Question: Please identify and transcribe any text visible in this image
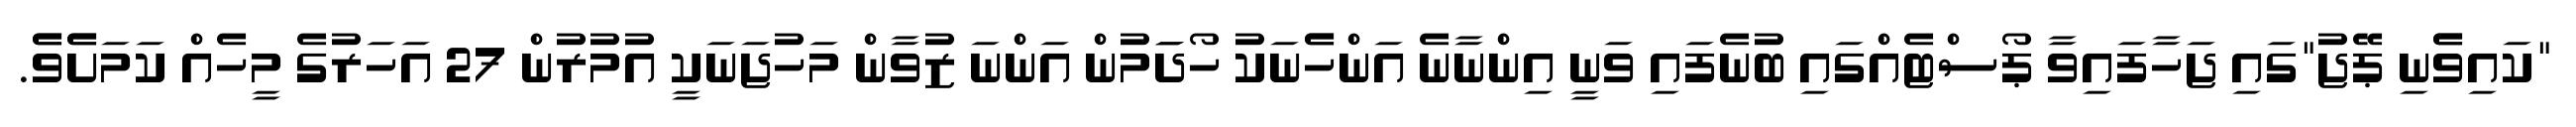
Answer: "ކައިވެެނި ޕޭޖު"ގައި ޖަހާފައިވާ ޕޯސްޓެއްގައި ބުނެފައި ވަނީ އިންނާނެ އަންހެެނަކު ހޯދަަމުން އަންނަ ޒުވާން މަހުޖަނަކީ އުމުރުން 27 އަހަރުގެ މީހެއް ކަމަށެެވެެ.